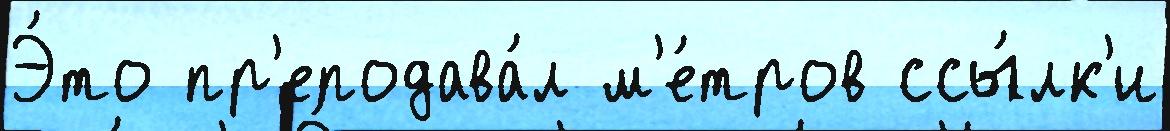
Э́то пр'еподава́л м'е́тров ссы́лк'и